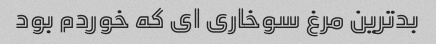
بدترین مرغ سوخاری ای که خوردم بود